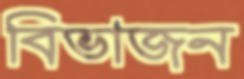
বিভাজন